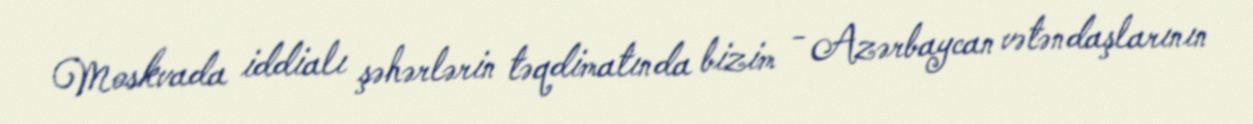
Moskvada iddialı şəhərlərin təqdimatında bizim - Azərbaycan vətəndaşlarının